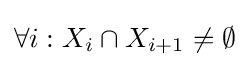
\forall i:X_{i}\cap X_{i+1}\neq \emptyset